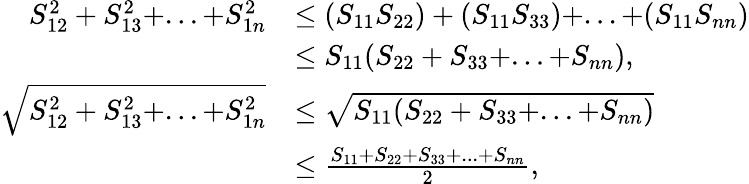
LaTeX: \begin{array}{rl}{S_{12}^{2}+S_{13}^{2}+...+S_{1n}^{2}}&{\leq(S_{11}S_{22})+(S_{11}S_{33})+...+(S_{11}S_{nn})}\\ &{\leq S_{11}(S_{22}+S_{33}+...+S_{nn}),}\\ {\sqrt{S_{12}^{2}+S_{13}^{2}+...+S_{1n}^{2}}}&{\leq\sqrt{S_{11}(S_{22}+S_{33}+...+S_{nn})}}\\ &{\leq\frac{S_{11}+S_{22}+S_{33}+...+S_{nn}}{2},}\end{array}